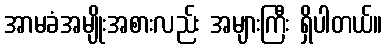
အာမခံအမျိုးအစားလည်း အများကြီး ရှိပါတယ်။